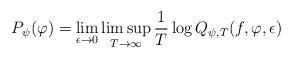
\begin{align*}P_{\psi}(\varphi)=\lim \limits_{\epsilon\rightarrow 0}\limsup\limits_{T \rightarrow \infty}\frac{1}{T}\log Q_{\psi,T}(f,\varphi, \epsilon)\end{align*}